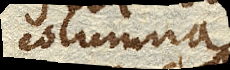
columna